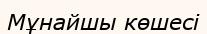
Мұнайшы көшесі